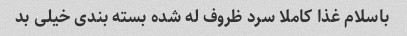
باسلام غذا کاملا سرد ظروف له شده بسته بندی خیلی بد